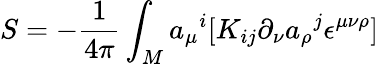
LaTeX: S=-{\frac{1}{4\pi}}\int_{M}{a_{\mu}}^{i}[K_{ij}\partial_{\nu}{a_{\rho}}^{j}\epsilon^{\mu\nu\rho}]